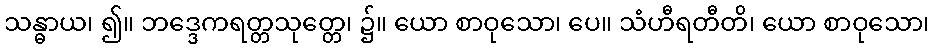
သန္ဓာယ၊ ၍။ ဘဒ္ဒေကရတ္တသုတ္တေ၊ ၌။ ယော စာဝုသော၊ ပေ။ သံဟီရတီတိ၊ ယော စာဝုသော၊